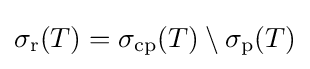
\sigma _{\mathrm {r} }(T)=\sigma _{\mathrm {cp} }(T)\setminus \sigma _{\mathrm {p} }(T)